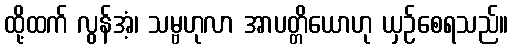
ထို့ထက် လွန်အံ့၊ သမ္ဗဟုလာ အာပတ္တိယောဟု ယှဉ်စေရသည်။